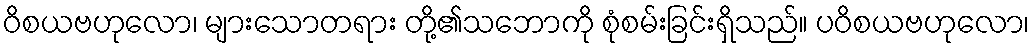
ဝိစယဗဟုလော၊ များသောတရား တို့၏သဘောကို စုံစမ်းခြင်းရှိသည်။ ပဝိစယဗဟုလော၊